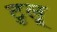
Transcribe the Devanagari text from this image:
टुलू